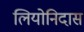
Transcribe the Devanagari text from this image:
लियोनिदास